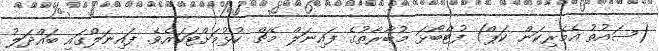
(ސައުތު އެމެރިކަން ކަޕް) ފުޓްބޯޅަ މުބާރާތުގެ ފައިނަލް މެޗް ކުޅުމަށްޓަކައެވެ. ފައިނަލްގައި ބައްދަލު